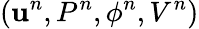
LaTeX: (\textbf{u}^{n},P^{n},\phi^{n},V^{n})